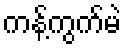
ကန့်ကွက်မဲ